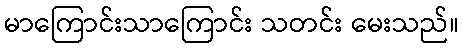
မာကြောင်းသာကြောင်း သတင်း မေးသည်။